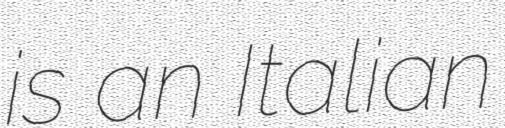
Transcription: is an Italian